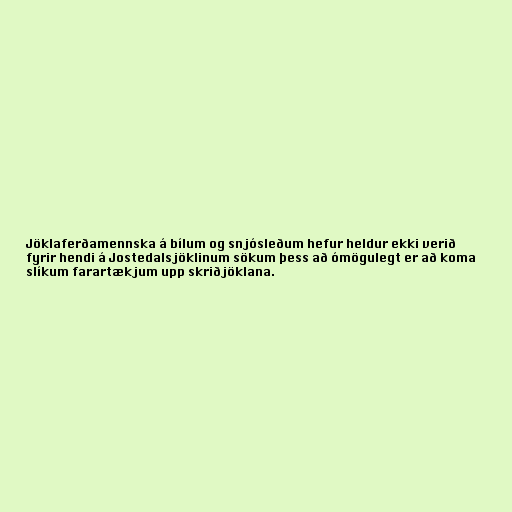
Jöklaferðamennska á bílum og snjósleðum hefur heldur ekki verið
fyrir hendi á Jostedalsjöklinum sökum þess að ómögulegt er að koma
slíkum farartækjum upp skriðjöklana.